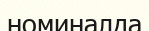
номиналда